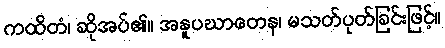
ကထိတံ၊ ဆိုအပ်၏။ အနူပဃာတေန၊ မသတ်ပုတ်ခြင်းဖြင့်။